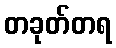
တခုတ်တရ